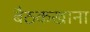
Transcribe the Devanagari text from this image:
बैठकखाना